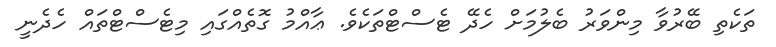
ތަކެތި ބޭރުވާ މިންވަރު ބެލުމަށް ހެދޭ ޓެސްޓްތަކެވެ. ޢާއްމު ގޮތެއްގައި މިޓެސްޓްތައް ހެދެނީ